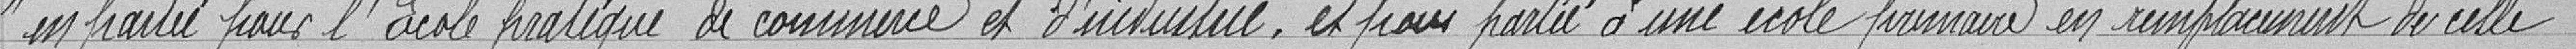
" en partie pour l'Ecole pratique de commerce et d'industrie, et pour partie à une école primaire en remplacement de celle